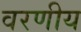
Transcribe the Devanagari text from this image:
वरणीय